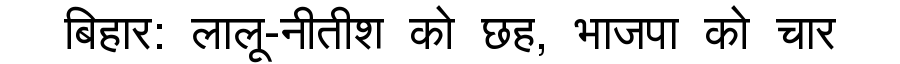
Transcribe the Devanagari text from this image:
बिहार: लालू-नीतीश को छह, भाजपा को चार